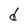
Character: d